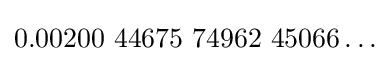
0{.}00200{\text{ }}44675{\text{ }}74962{\text{ }}45066\ldots